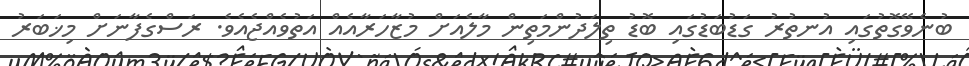
ބުނެވޭގޮތުގައި އުނތުރު ގަޑުބަޑުގައި ބޮޑު ތިލަދުންމަތިން މާލެއަށް މުޒާހަރާއެއް އަތުވެއްޖެއެެވެ. ރަސްގެފާނަށް މިޚަބަރު